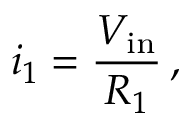
i _ { 1 } = { \frac { V _ { \mathrm { i n } } } { R _ { 1 } } } \, ,